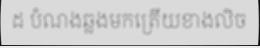
ដ បំណងឆ្លងមកត្រើយខាងលិច